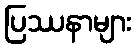
ပြဿနာများ